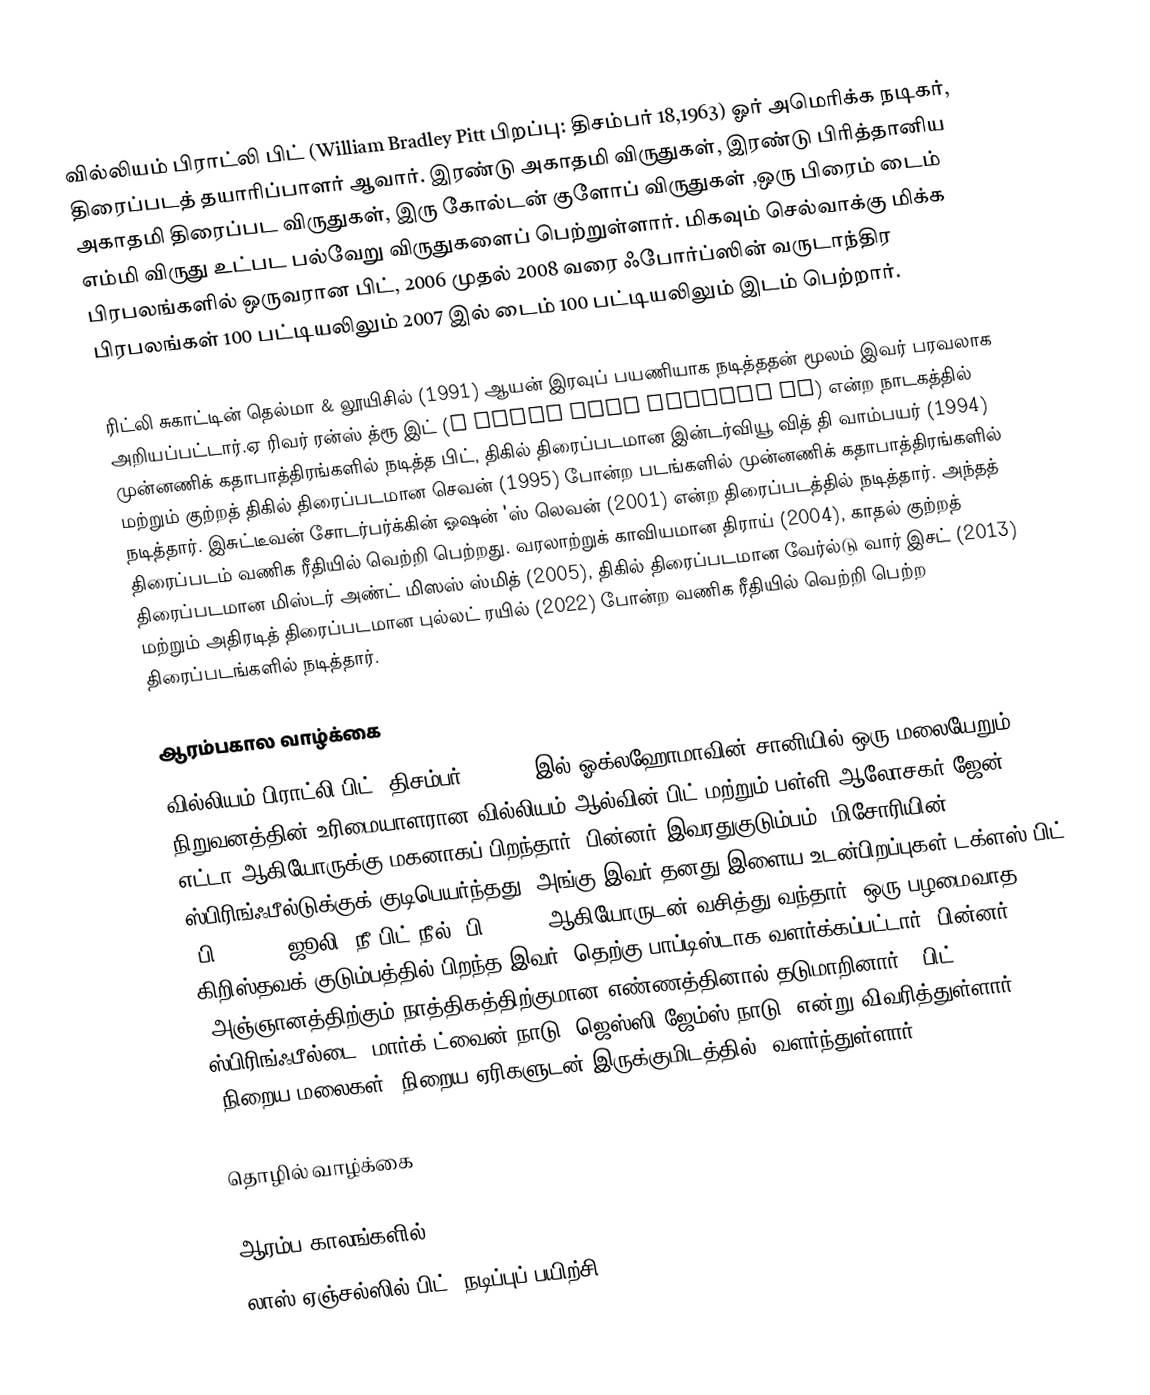
வில்லியம் பிராட்லி பிட் (William Bradley Pitt பிறப்பு: திசம்பர் 18,1963) ஓர் அமெரிக்க நடிகர், திரைப்படத் தயாரிப்பாளர் ஆவார். இரண்டு அகாதமி விருதுகள், இரண்டு பிரித்தானிய அகாதமி திரைப்பட விருதுகள், இரு கோல்டன் குளோப் விருதுகள் ,ஒரு பிரைம் டைம் எம்மி விருது உட்பட பல்வேறு விருதுகளைப் பெற்றுள்ளார். மிகவும் செல்வாக்கு மிக்க பிரபலங்களில் ஒருவரான பிட், 2006 முதல் 2008 வரை ஃபோர்ப்ஸின் வருடாந்திர பிரபலங்கள் 100 பட்டியலிலும் 2007 இல் டைம் 100 பட்டியலிலும் இடம் பெற்றார்.

ரிட்லி சுகாட்டின் தெல்மா & லூயிசில் (1991) ஆயன் இரவுப் பயணியாக நடித்ததன் மூலம் இவர் பரவலாக அறியப்பட்டார்.ஏ ரிவர் ரன்ஸ் த்ரூ இட் (A River Runs Through It) என்ற நாடகத்தில் முன்னணிக் கதாபாத்திரங்களில் நடித்த பிட், திகில் திரைப்படமான இன்டர்வியூ வித் தி வாம்பயர் (1994) மற்றும் குற்றத் திகில் திரைப்படமான செவன் (1995) போன்ற படங்களில் முன்னணிக் கதாபாத்திரங்களில் நடித்தார். இசுட்டீவன் சோடர்பர்க்கின் ஓஷன் 'ஸ் லெவன் (2001) என்ற திரைப்படத்தில் நடித்தார். அந்தத் திரைப்படம் வணிக ரீதியில் வெற்றி பெற்றது. வரலாற்றுக் காவியமான திராய் (2004), காதல் குற்றத் திரைப்படமான மிஸ்டர் அண்ட் மிஸஸ் ஸ்மித் (2005), திகில் திரைப்படமான வேர்ல்டு வார் இசட் (2013) மற்றும் அதிரடித் திரைப்படமான புல்லட் ரயில் (2022) போன்ற வணிக ரீதியில் வெற்றி பெற்ற திரைப்படங்களில் நடித்தார்.

ஆரம்பகால வாழ்க்கை
வில்லியம் பிராட்லி பிட், திசம்பர் 18,1963 இல் ஓக்லஹோமாவின் சானியில் ஒரு மலையேறும் நிறுவனத்தின் உரிமையாளரான வில்லியம் ஆல்வின் பிட் மற்றும் பள்ளி ஆலோசகர் ஜேன் எட்டா ஆகியோருக்கு மகனாகப் பிறந்தார். பின்னர் இவரதுகுடும்பம், மிசோரியின் ஸ்பிரிங்ஃபீல்டுக்குக் குடிபெயர்ந்தது, அங்கு இவர் தனது இளைய உடன்பிறப்புகள் டக்ளஸ் பிட் (பி. 1966) ,ஜூலி (நீ பிட் நீல் (பி. 1969) ஆகியோருடன் வசித்து வந்தார். ஒரு பழமைவாத கிறிஸ்தவக் குடும்பத்தில் பிறந்த இவர், தெற்கு பாப்டிஸ்டாக வளர்க்கப்பட்டார், பின்னர் "அஞ்ஞானத்திற்கும் நாத்திகத்திற்குமான எண்ணத்தினால் தடுமாறினார்". பிட் ஸ்பிரிங்ஃபீல்டை "மார்க் ட்வைன் நாடு, ஜெஸ்ஸி ஜேம்ஸ் நாடு" என்று விவரித்துள்ளார், "நிறைய மலைகள், நிறைய ஏரிகளுடன் இருக்குமிடத்தில்" வளர்ந்துள்ளார்.

தொழில் வாழ்க்கை

ஆரம்ப காலங்களில்
லாஸ் ஏஞ்சல்ஸில் பிட், நடிப்புப் பயிற்சி